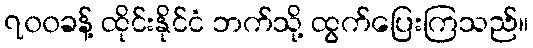
၇၀၀ခန့် ထိုင်းနိုင်ငံ ဘက်သို့ ထွက်ပြေးကြသည်။